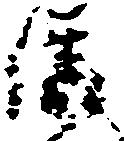
清